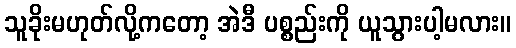
သူခိုးမဟုတ်လို့ကတော့ အဲဒီ ပစ္စည်းကို ယူသွားပါ့မလား။